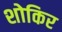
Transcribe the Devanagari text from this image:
शोकिर